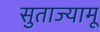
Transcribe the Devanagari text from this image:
सुताज्यामू